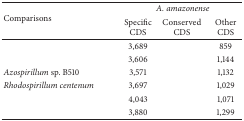
<table><thead><tr><td rowspan="2"><b>Comparisons</b></td><td colspan="3"><b><i>A. amazonense </i></b></td></tr><tr><td><b>Specific CDS</b></td><td><b>Conserved CDS</b></td><td><b>Other CDS</b></td></tr></thead><tbody><tr><td>[EMPTY_CELL]</td><td>3,689</td><td>[EMPTY_CELL]</td><td>859</td></tr><tr><td>[EMPTY_CELL]</td><td>3,606</td><td>[EMPTY_CELL]</td><td>1,144</td></tr><tr><td><i>Azospirillum </i>sp. B510</td><td>3,571</td><td>[EMPTY_CELL]</td><td>1,132</td></tr><tr><td><i>Rhodospirillum centenum </i></td><td>3,697</td><td>[EMPTY_CELL]</td><td>1,029</td></tr><tr><td>[EMPTY_CELL]</td><td>4,043</td><td>[EMPTY_CELL]</td><td>1,071</td></tr><tr><td>[EMPTY_CELL]</td><td>3,880</td><td>[EMPTY_CELL]</td><td>1,299</td></tr></tbody></table>